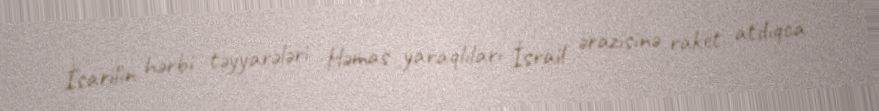
İsarilin hərbi təyyarələri Həmas yaraqlıları İsrail ərazisinə raket atdıqca